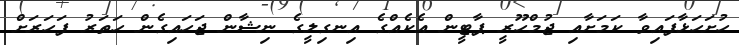
ހުށަހަޅާފައިވާ ކަމަށާއި ޖުމްހޫރީ ޕާޓީން އެކެއްގެ އިނގިލީގެ ނިޝާން ޖަހައިގެން ހަތަރު ފަހަރަށް